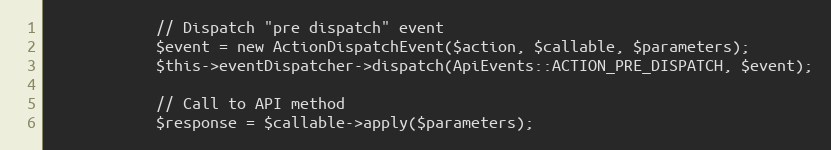
Language: PHP
            // Dispatch "pre dispatch" event
            $event = new ActionDispatchEvent($action, $callable, $parameters);
            $this->eventDispatcher->dispatch(ApiEvents::ACTION_PRE_DISPATCH, $event);

            // Call to API method
            $response = $callable->apply($parameters);